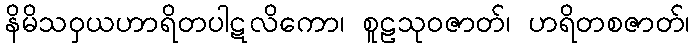
နိမိသဝှယဟာရိတပါဋလိကော၊ စူဠသုဝဇာတ်၊ ဟရိတစဇာတ်၊